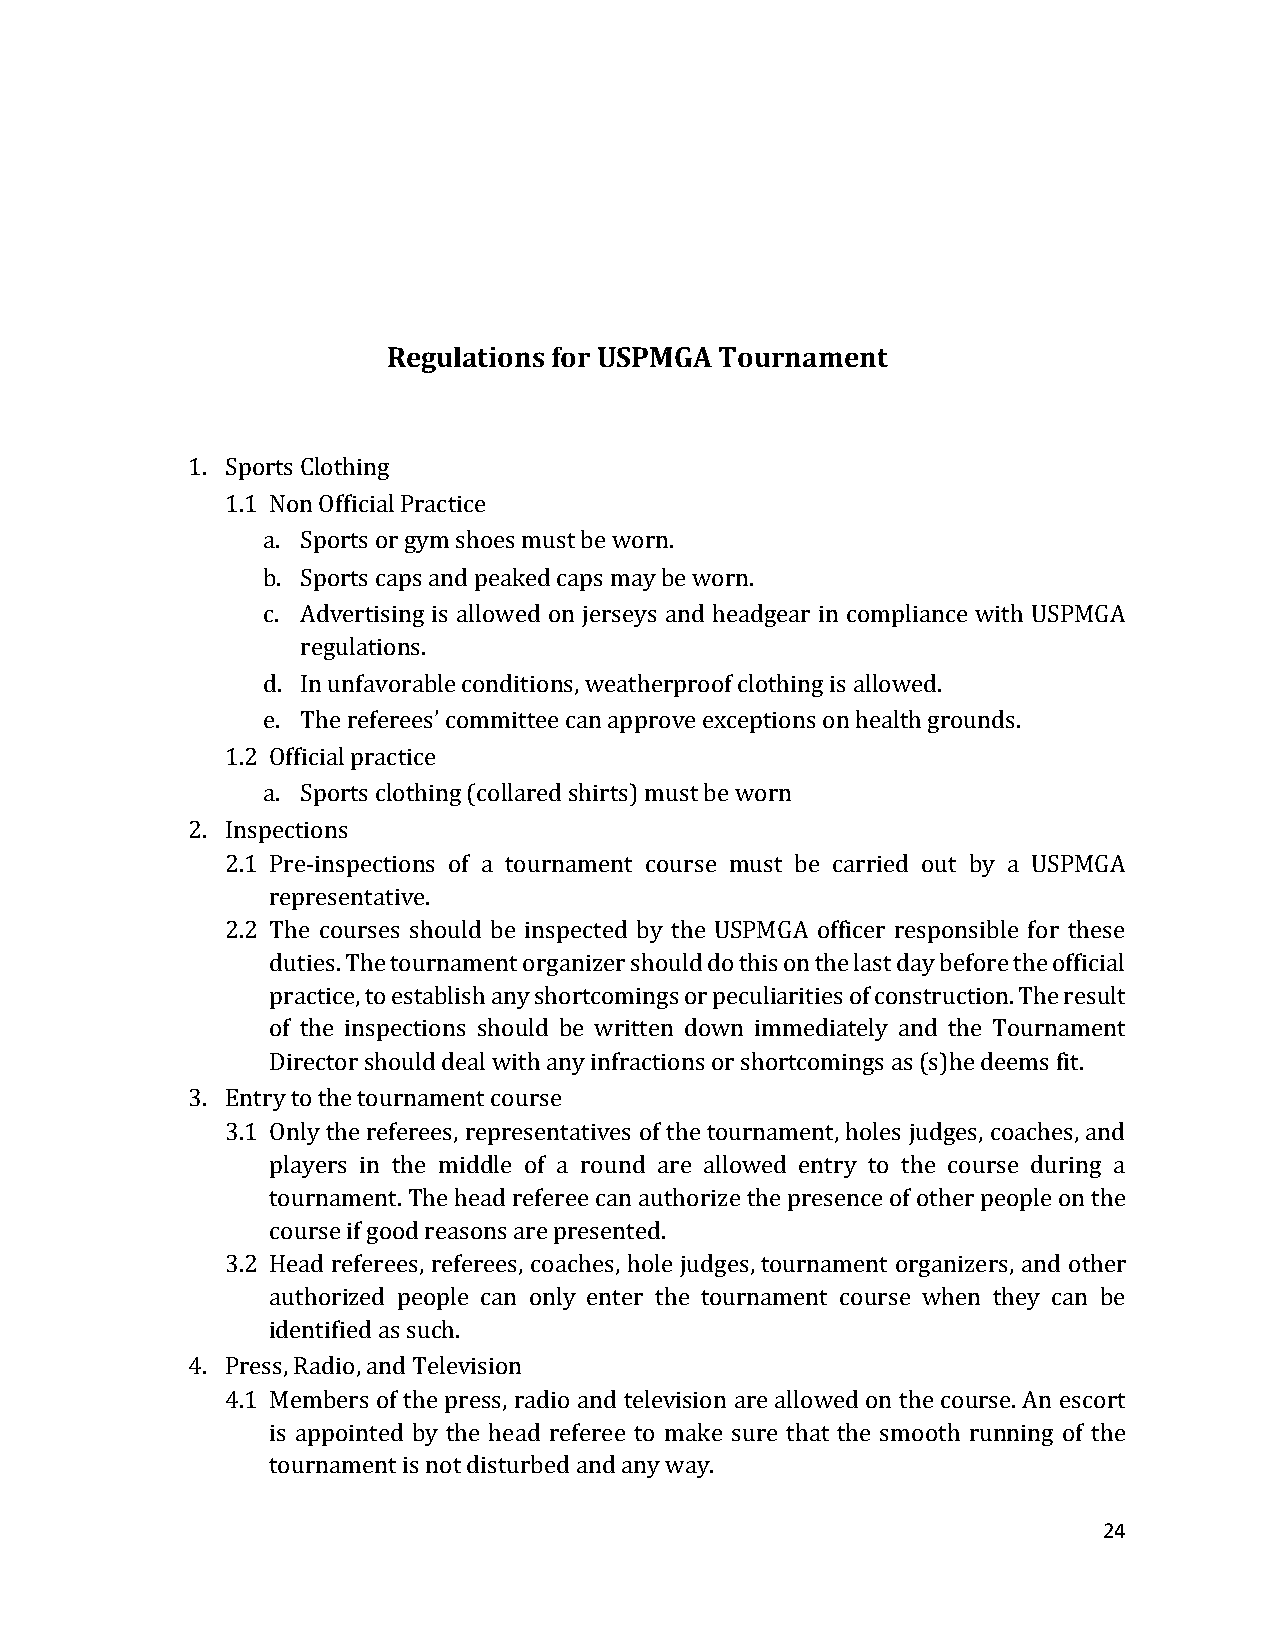
Regulations for USPMGA Tournament
 1. Sports Clothing
 1.1 Non Official Practice
 a. Sports or gym shoes must be worn.
 b. Sports caps and peaked caps may be worn.
 c. Advertising is allowed on jerseys and headgear in compliance with USPMGA
 regulations.
 d. In unfavorable conditions, weatherproof clothing is allowed.
 e. The referees’ committee can approve exceptions on health grounds.
 1.2 Official practice
 a. Sports clothing (collared shirts) must be worn
 2. Inspections
 2.1 Pre-inspections of a tournament course must be carried out by a USPMGA
 representative.
 2.2 The courses should be inspected by the USPMGA officer responsible for these
 duties. The tournament organizer should do this on the last day before the official
 practice, to establish any shortcomings or peculiarities of construction. The result
 of the inspections should be written down immediately and the Tournament
 Director should deal with any infractions or shortcomings as (s)he deems fit.
 3. Entry to the tournament course
 3.1 Only the referees, representatives of the tournament, holes judges, coaches, and
 players in the middle of a round are allowed entry to the course during a
 tournament. The head referee can authorize the presence of other people on the
 course if good reasons are presented.
 3.2 Head referees, referees, coaches, hole judges, tournament organizers, and other
 authorized people can only enter the tournament course when they can be
 identified as such.
 4. Press, Radio, and Television
 4.1 Members of the press, radio and television are allowed on the course. An escort
 is appointed by the head referee to make sure that the smooth running of the
 tournament is not disturbed and any way.
 24